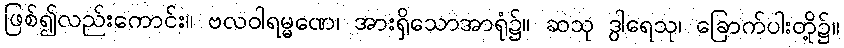
ဖြစ်၍လည်းကောင်း။ ဗလဝါရမ္မဏေ၊ အားရှိသောအာရုံ၌။ ဆသု ဒွါရေသု၊ ခြောက်ပါးတို့၌။